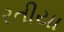
રતીયા